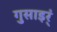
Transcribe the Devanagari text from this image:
गुसाइर्ं